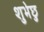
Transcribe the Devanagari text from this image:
शुभेछु